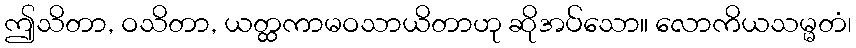
ဤသိတာ, ဝသိတာ, ယတ္ထကာမဝသာယိတာဟု ဆိုအပ်သော။ လောကိယသမ္မတံ၊